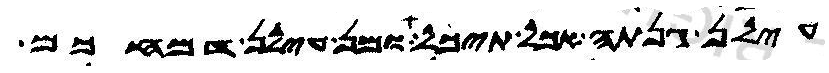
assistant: עילן גנתה אכל תיכל ומן עילן דמחכם